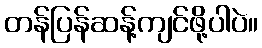
တန်ပြန်ဆန့်ကျင်ဖို့ပါပဲ။